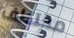
مختطف